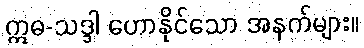
ဣဓ-သဒ္ဒါ ဟောနိုင်သော အနက်များ။